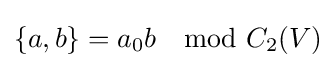
\{a,b\}=a_{0}b\mod C_{2}(V)